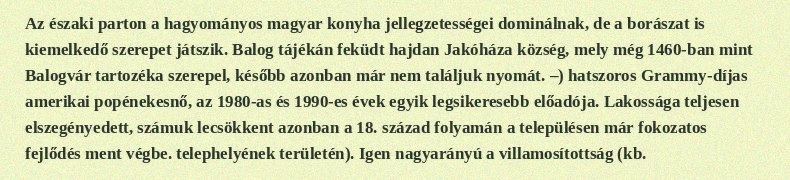
Az északi parton a hagyományos magyar konyha jellegzetességei dominálnak, de a borászat is kiemelkedő szerepet játszik. Balog tájékán feküdt hajdan Jakóháza község, mely még 1460-ban mint Balogvár tartozéka szerepel, később azonban már nem találjuk nyomát. –) hatszoros Grammy-díjas amerikai popénekesnő, az 1980-as és 1990-es évek egyik legsikeresebb előadója. Lakossága teljesen elszegényedett, számuk lecsökkent azonban a 18. század folyamán a településen már fokozatos fejlődés ment végbe. telephelyének területén). Igen nagyarányú a villamosítottság (kb.